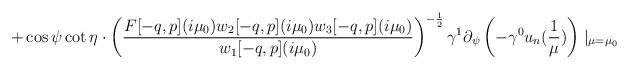
LaTeX: \begin{align*}+\cos\psi\cot\eta\cdot\left(\frac{F[-q,p](i\mu_{0})w_{2}[-q,p](i\mu_{0})w_{3}[-q,p](i\mu_{0})}{w_{1}[-q,p](i\mu_{0})}\right)^{-\frac{1}{2}}\gamma^{1}\partial_{\psi}\left(-\gamma^{0}u_{n}(\frac{1}{\mu})\right)\mid_{\mu=\mu_{0}} \end{align*}